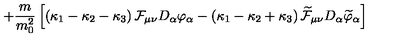
+ \frac { m } { m _ { 0 } ^ { 2 } } \left[ \left( \kappa _ { 1 } - \kappa _ { 2 } - \kappa _ { 3 } \right) { \cal F } _ { \mu \nu } D _ { \alpha } \varphi _ { \alpha } - \left( \kappa _ { 1 } - \kappa _ { 2 } + \kappa _ { 3 } \right) \widetilde { { \cal F } } _ { \mu \nu } D _ { \alpha } \widetilde { \varphi } _ { \alpha } \right]